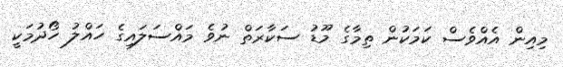
މިއިން އެއްވެސް ކަމަކުން ތިމާގެ މޫޑު ސަކާރަތް ނުވެ މައްސަލައިގެ ހައްލު ހޯދުމަކީ